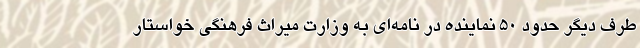
طرف دیگر حدود 50 نماینده در نامه‌ای به وزارت میراث فرهنگی خواستار